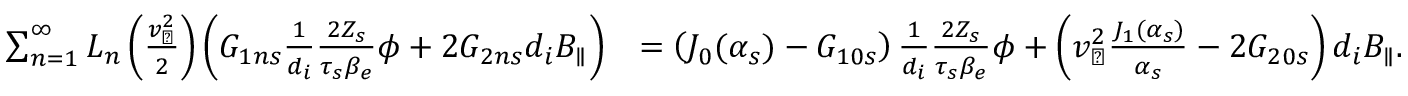
\begin{array} { r l } { \sum _ { n = 1 } ^ { \infty } L _ { n } \left( \frac { v _ { \perp } ^ { 2 } } { 2 } \right) \left( G _ { 1 n s } \frac { 1 } { d _ { i } } \frac { 2 Z _ { s } } { \tau _ { s } \beta _ { e } } \phi + 2 G _ { 2 n s } d _ { i } B _ { \parallel } \right) } & { = \left( J _ { 0 } ( \alpha _ { s } ) - G _ { 1 0 s } \right) \frac { 1 } { d _ { i } } \frac { 2 Z _ { s } } { \tau _ { s } \beta _ { e } } \phi + \left( v _ { \perp } ^ { 2 } \frac { J _ { 1 } ( \alpha _ { s } ) } { \alpha _ { s } } - 2 G _ { 2 0 s } \right) d _ { i } B _ { \parallel } . } \end{array}